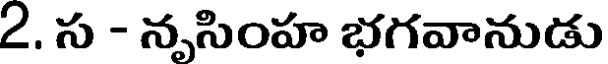
2. స - నృసింహ భగవానుడు